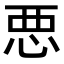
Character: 𢙣